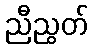
ညီညွတ်